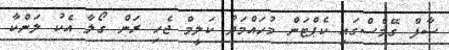
ސާފް ގޭމްސްގައި ކެޕްޓަން މުހައްމަދު ކަލީމް ޖެހި ރަން ގޯލާ އެކު ލަންކާ